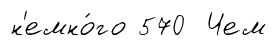
н'емно́го 570 Чем